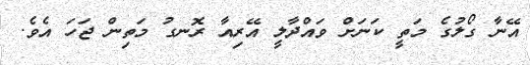
އޭނާ ގޯލުގެ މަތީ ކަނަށް ވައްދާލީ އޭރިއާ ރޮނގު މަތިން ޖަހަ އެވެ.